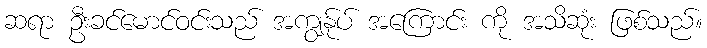
ဆရာ ဦးခင်မောင်ဝင်းသည် အကျွန်ုပ် အကြောင်း ကို အသိဆုံး ဖြစ်သည်။